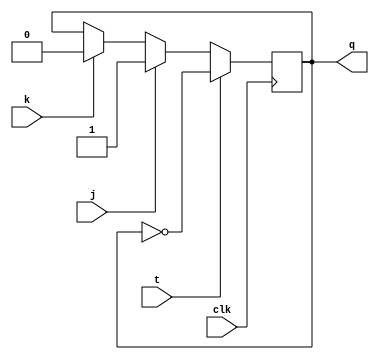
module t_flip_flop_with_jk (
    input clk,
    input t,
    input j,
    input k,
    output reg q
);

always @(posedge clk) begin
    if (t) begin
        q <= ~q;
    end else begin
        if (j) begin
            q <= 1'b1;
        end else if (k) begin
            q <= 1'b0;
        end
    end
end

endmodule